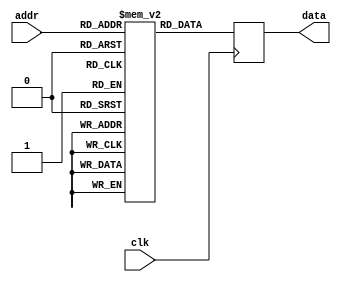
// This program was cloned from: https://github.com/Obijuan/open-fpga-verilog-tutorial
// License: GNU General Public License v2.0

//----------------------------------------------------------------------------
//-- Memoria ROM de 16 x 4
//------------------------------------------
//-- (C) BQ. October 2015. Written by Juan Gonzalez (Obijuan)
//-- GPL license
//----------------------------------------------------------------------------
//-- La memoria est inicializada con los valores para sacar por los leds
//-- y generar una secuencia de luces
//----------------------------------------------------------------------------

module rom16x4 (input clk,
                input wire [3:0] addr,
                output reg [3:0] data);

  //-- Memoria
  reg [3:0] rom [0:31];

  always @(negedge clk) begin
    data <= rom[addr];
  end


//-- ROM2: Secuencia
initial begin
    rom[0] = 4'h1; 
    rom[1] = 4'h2;
    rom[2] = 4'h4;
    rom[3] = 4'h8;
    rom[4] = 4'h1; 
    rom[5] = 4'h8;
    rom[6] = 4'h4;
    rom[7] = 4'h2;
    rom[8] = 4'h1; 
    rom[9] = 4'hF;
    rom[10] = 4'h0;
    rom[11] = 4'hF;
    rom[12] = 4'hC; 
    rom[13] = 4'h3;
    rom[14] = 4'hC;
    rom[15] = 4'h3;
   end

endmodule